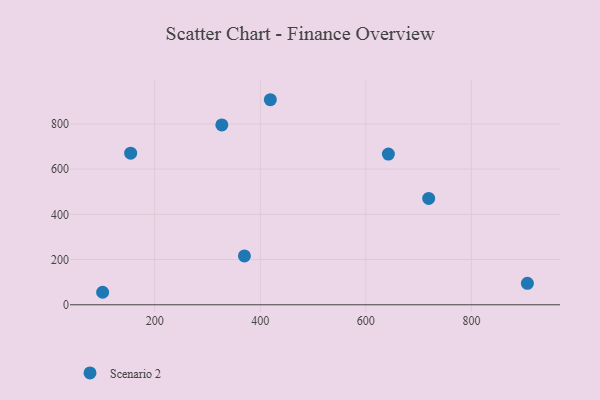
{"axis": {"x": "Investment", "y": "Yield"}, "legend": ["Scenario 2"], "data": [{"x": "101.2", "y": 55.3, "type": "Scenario 2"}, {"x": "419.0", "y": 906.8, "type": "Scenario 2"}, {"x": "642.7", "y": 666.5, "type": "Scenario 2"}, {"x": "719.1", "y": 470.2, "type": "Scenario 2"}, {"x": "327.1", "y": 795.2, "type": "Scenario 2"}, {"x": "369.9", "y": 216.2, "type": "Scenario 2"}, {"x": "906.1", "y": 94.9, "type": "Scenario 2"}, {"x": "154.3", "y": 670.3, "type": "Scenario 2"}]}